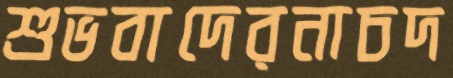
শুভবাদেরনাচদ